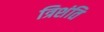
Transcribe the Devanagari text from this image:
त्रिशंति